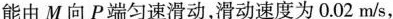
能由 M 向 P 端匀速滑动，滑动速度为 0.02 m/s，